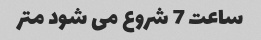
ساعت 7 شروع می شود متر